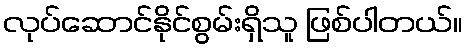
လုပ်ဆောင်နိုင်စွမ်းရှိသူ ဖြစ်ပါတယ်။